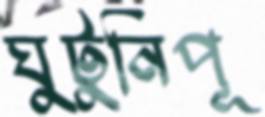
ঘুটুনিপূ